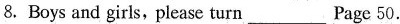
8.Boys and girls, please turn ___ Page 50.